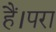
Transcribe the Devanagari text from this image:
हैं।परा